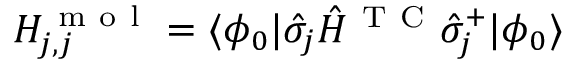
H _ { j , j } ^ { \mathrm { ~ m ~ o ~ l ~ } } = \langle \phi _ { 0 } | \hat { \sigma } _ { j } \hat { H } ^ { \mathrm { ~ T ~ C ~ } } \hat { \sigma } _ { j } ^ { + } | \phi _ { 0 } \rangle